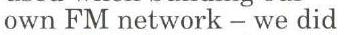
own FM network - we did